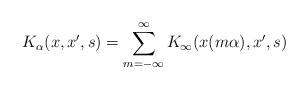
LaTeX: \begin{align*}K_{\alpha}(x,x',s)=\sum_{m=-\infty}^{\infty}K_{\infty}(x(m\alpha),x',s)\end{align*}